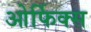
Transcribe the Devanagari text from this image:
ओर्फिक्स